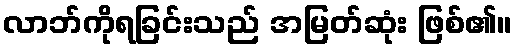
လာဘ်ကိုရခြင်းသည် အမြတ်ဆုံး ဖြစ်၏။